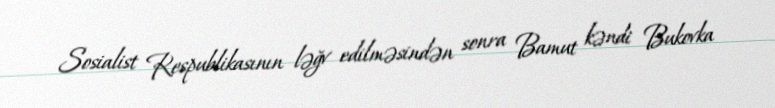
Sosialist Respublikasının ləğv edilməsindən sonra Bamut kəndi Bukovka